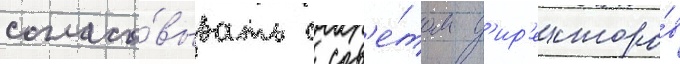
согласо́вывать с сов'е́том д'ир'екторо́в